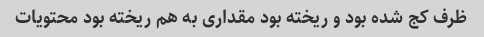
ظرف کج شده بود و ریخته بود مقداری به هم ریخته بود محتویات